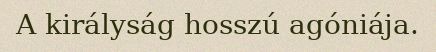
A királyság hosszú agóniája.